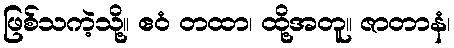
ဖြစ်သကဲ့သို့။ ဧဝံ တထာ၊ ထို့အတူ။ ဇာတာနံ၊